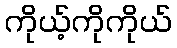
ကိုယ့်ကိုကိုယ်